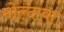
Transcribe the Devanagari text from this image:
मोल्दावा